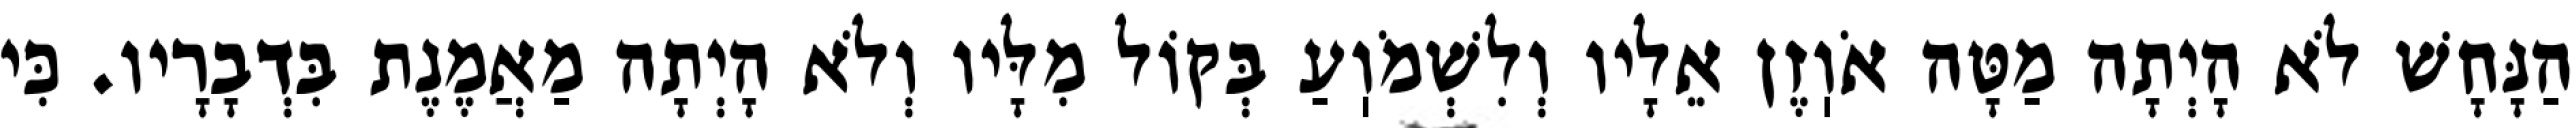
הַנָּחָשׁ לֹא הָיְתָה מַטָּה אֹוֽזֶן אֵלָיו וְלִשְׁמֹוֽעַ בְּקוֹל מִלָּיו וְלֹא הָיְתָה מַאֲמֶנֶת בִּדְבָרָיו. כִּי